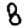
Digit: 8